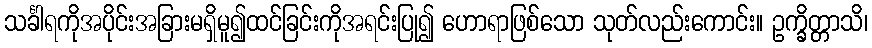
သင်္ခါရကိုအပိုင်းအခြားမရှိမူ၍ထင်ခြင်းကိုအရင်းပြု၍ ဟောရာဖြစ်သော သုတ်လည်းကောင်း။ ဥက္ခိတ္တာသိ၊